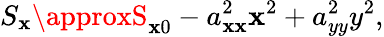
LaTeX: S_{\mathbf{x}}\approxS_{\mathbf{x}0}-a_{\mathbf{x}\mathbf{x}}^{2}\mathbf{x}^{2}+a_{yy}^{2}y^{2},